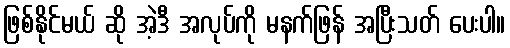
ဖြစ်နိုင်မယ် ဆို အဲ့ဒီ အလုပ်ကို မနက်ဖြန် အပြီးသတ် ပေးပါ။